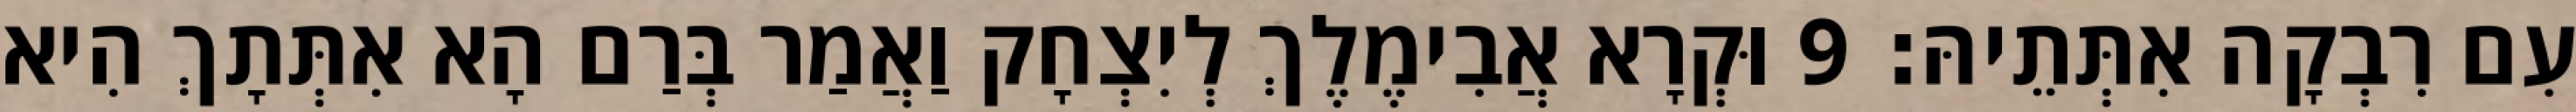
עִם רִבְקָה אִתְּתֵיהּ׃ 9 וּקְרָא אֲבִימֶלֶךְ לְיִצְחָק וַאֲמַר בְּרַם הָא אִתְּתָךְ הִיא